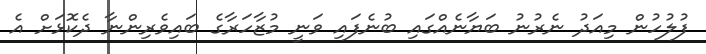
ފުލުހުން މިއަދު ނެރުނު ބަޔާނެއްގައި ބުނެފައި ވަނީ މުޒާހަރާގެ ބައިވެރިންނާ ދެކޮޅަށް އެ